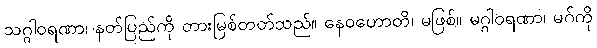
သဂ္ဂါဝရဏာ၊ နတ်ပြည်ကို တားမြစ်တတ်သည်။ နေဝဟောတိ၊ မဖြစ်။ မဂ္ဂါဝရဏာ၊ မဂ်ကို